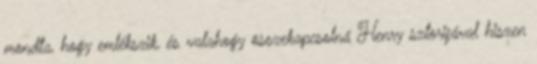
mondta, hogy emlékszik, és valahogy összekapcsolná Henry sztorijával hiszen